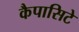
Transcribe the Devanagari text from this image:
कैपासिटे